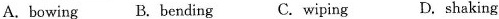
A.bowing B.bending C.wiping D.shaking